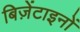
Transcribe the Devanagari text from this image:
बिज़ेंटाइनों